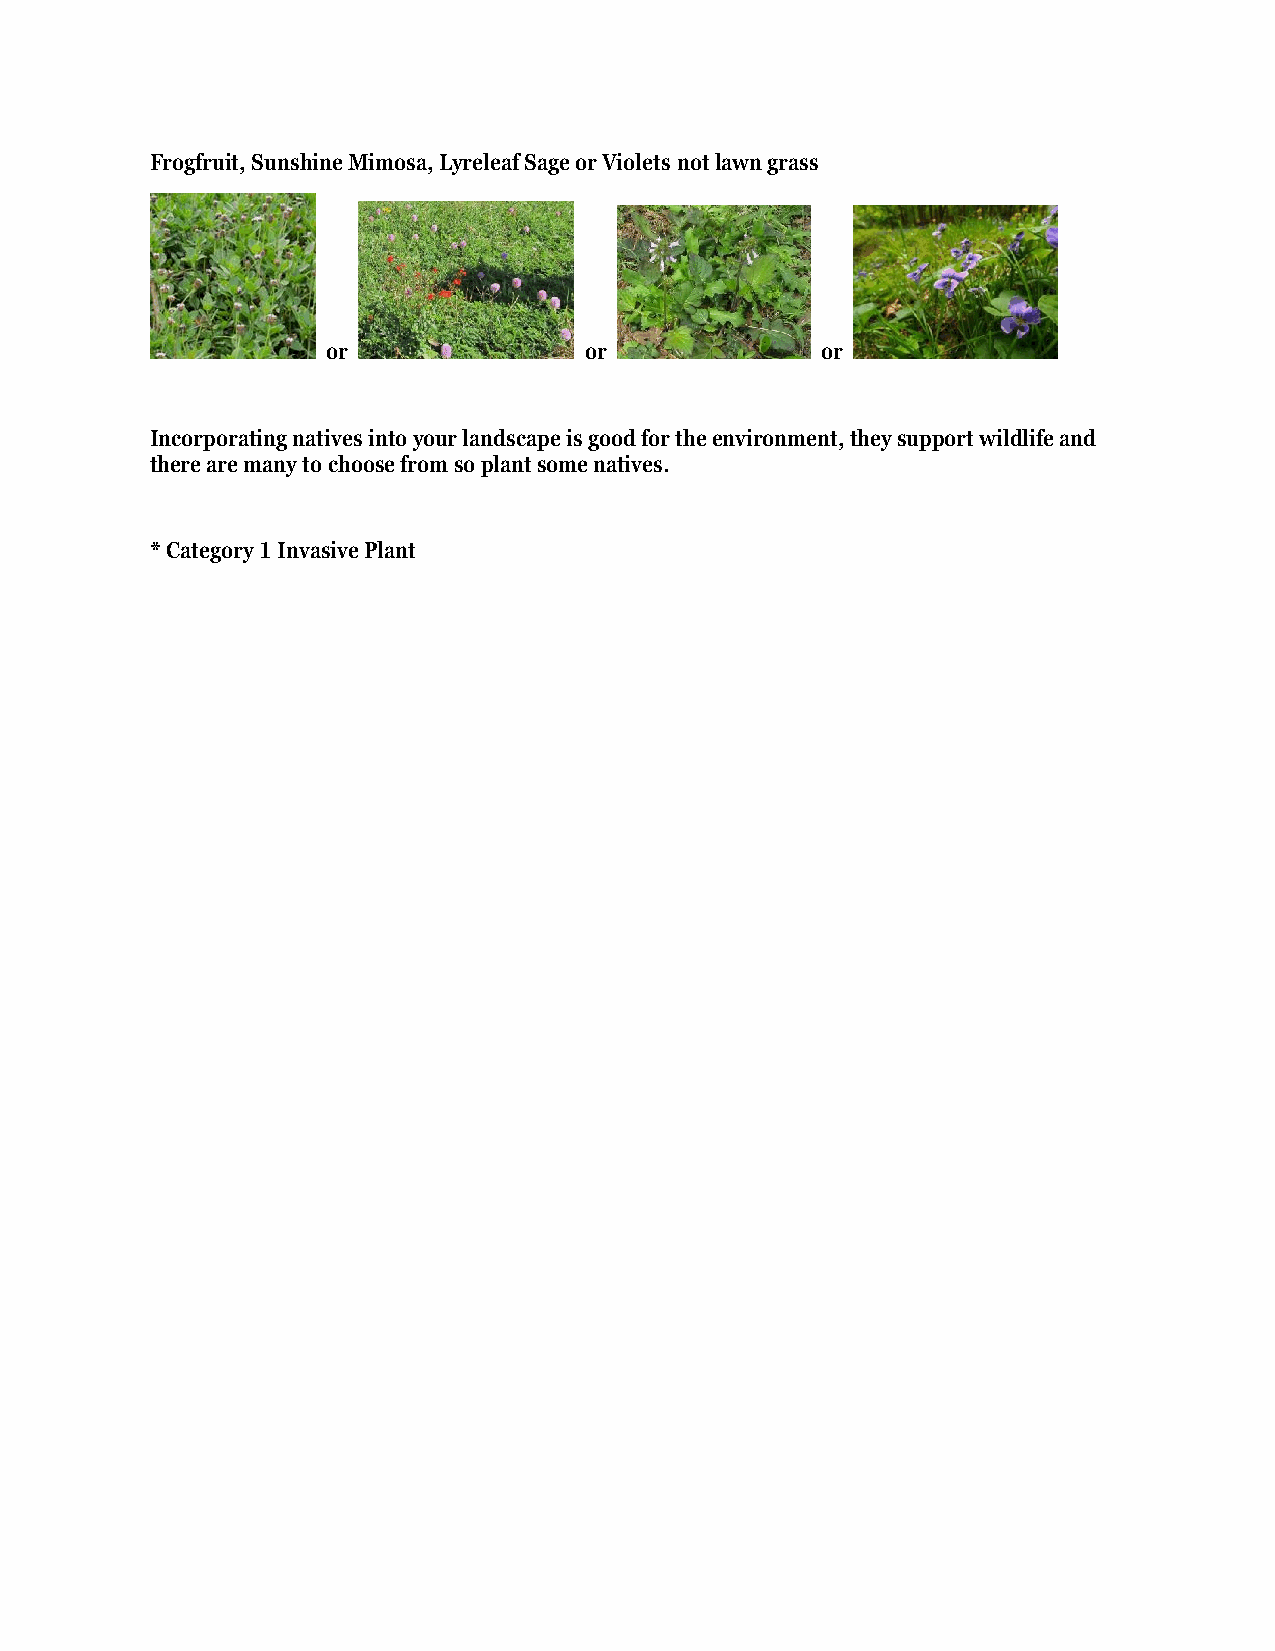
Frogfruit, Sunshine Mimosa, Lyreleaf Sage or Violets not lawn grass
 or               or             or
 Incorporating natives into your landscape is good for the environment, they support wildlife and
 there are many to choose from so plant some natives.
 * Category 1 Invasive Plant